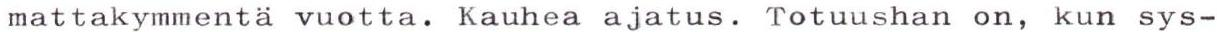
mattakymmentä vuotta. Kauhea ajatus. Totuushan on, kun sys-